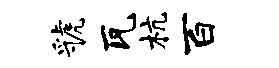
虢瓦杭百